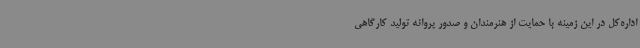
اداره‌کل در این زمینه با حمایت از هنرمندان و صدور پروانه تولید کارگاهی